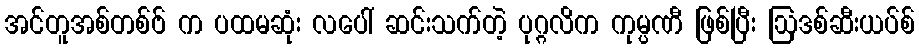
အင်တူအစ်တစ်ဗ် က ပထမဆုံး လပေါ် ဆင်းသက်တဲ့ ပုဂ္ဂလိက ကုမ္ပဏီ ဖြစ်ပြီး ဩဒစ်ဆီးယပ်စ်